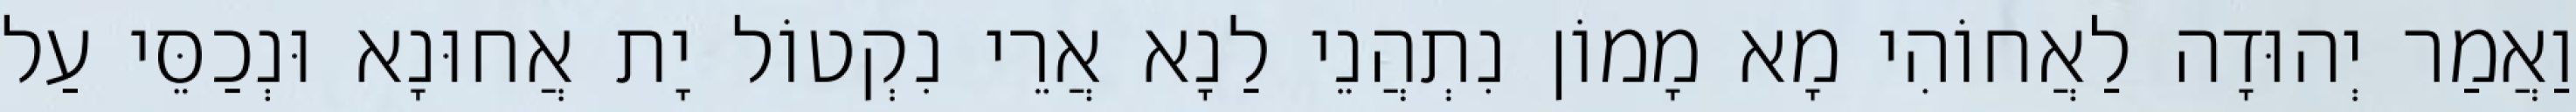
וַאֲמַר יְהוּדָה לַאֲחוֹהִי מָא מָמוֹן נִתְהֲנֵי לַנָא אֲרֵי נִקְטוֹל יָת אֲחוּנָא וּנְכַסֵּי עַל